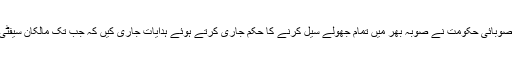
تفصیلات کے مطابق لیڈی گارڈن حادثہ میں تین قیمتی جانوں کے ضیاع کے بعد صوبائی حکومت نے صوبہ بھر میں تمام جھولے سیل کرنے کا حکم جاری کرتے ہوئے ہدایات جاری کیں کہ جب تک مالکان سیفٹی سرٹیفکیٹ اور بیان حلفی پیش نہیں کرتے ان کے تمام جھولوں کو سیل کیا جائے۔